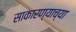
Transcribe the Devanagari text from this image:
साकारण्याच्या